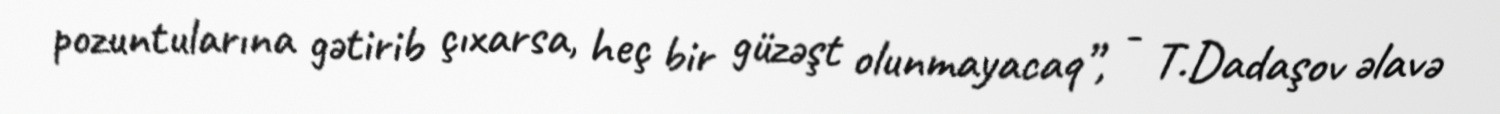
pozuntularına gətirib çıxarsa, heç bir güzəşt olunmayacaq”, - T.Dadaşov əlavə